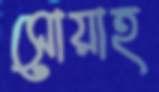
সোয়াহ